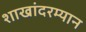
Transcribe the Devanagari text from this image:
शाखांदरम्यान